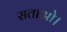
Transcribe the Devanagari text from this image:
सताओ।